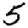
Digit: 5